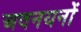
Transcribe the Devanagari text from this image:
अवनयनों